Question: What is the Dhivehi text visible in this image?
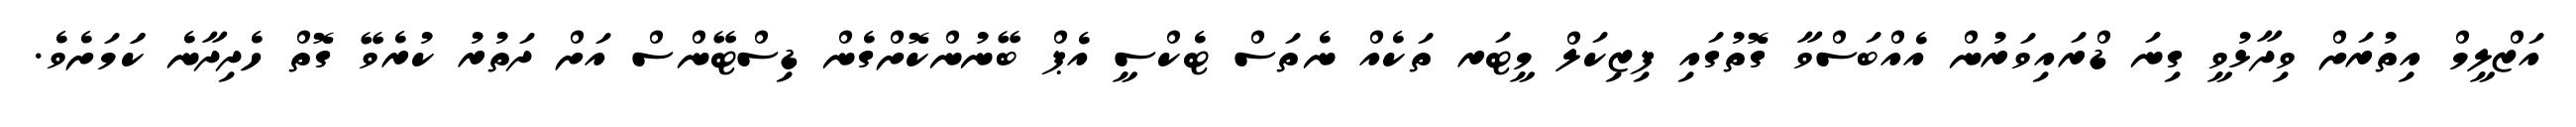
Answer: އަޒްލީމް އިތުރަށް ވިދާޅުވީ ގިނަ ޑްރައިވަރުން އެއްބަސްވާ ގޮތުގައި ފިޒިކަލް މީޓަރ ތަކެއް ނެތަސް ޓެކްސީ އެޕް ބޭނުންކޮށްގެން ޑިސްޓޭންސް އަށް ދަތުރު ކުރެވޭ ގޮތް ހެދިދާނެ ކަަމަށެވެ.